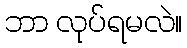
ဘာ လုပ်ရမလဲ။